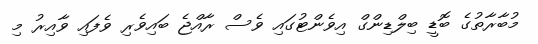
މުބާރާތުގެ ބޮޑީ ބިލްޑިންގް އިވެންޓުގައި ވެސް ރާއްޖެ ބައިވެރި ވެފައި ވާއިރު މި